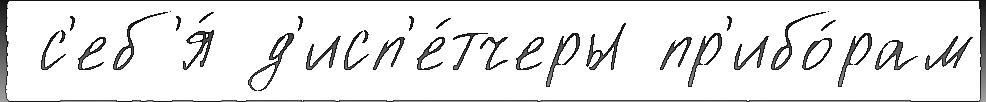
 с'еб'я́ д'исп'е́тчеры пр'ибо́рам